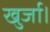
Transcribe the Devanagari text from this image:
खुर्जा।